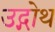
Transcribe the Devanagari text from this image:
उद्गोथ